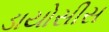
ડાયોસીસ